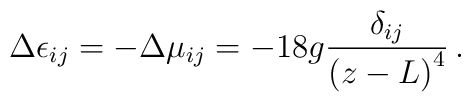
\Delta\epsilon_{ij}=-\Delta\mu_{ij}=-18g{\delta_{ij}\over \left(z-L\right)^4}\,.